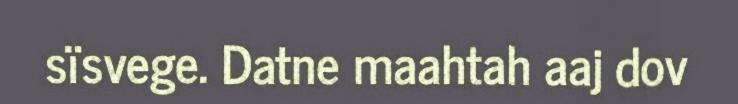
sïsvege. Datne maahtah aaj dov